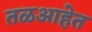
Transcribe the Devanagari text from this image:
तळआहेत